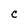
Character: C